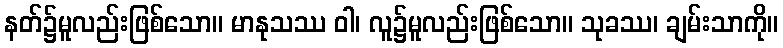
နတ်၌မူလည်းဖြစ်သော။ မာနုသဿ ဝါ၊ လူ၌မူလည်းဖြစ်သော။ သုခဿ၊ ချမ်းသာကို။